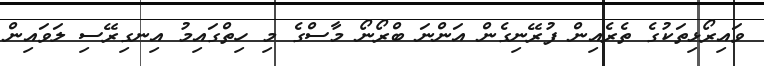
ވައިރޯޅިތަކުގެ ތެރެއިން ފުރޭނިގެން އަންނަ ބްރޯނޯ މާސްގެ މި ހިތްގައިމު އިނގިރޭސި ލަވައިން